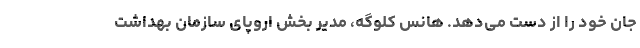
جان خود را از دست می‌دهد. هانس کلوگه، مدیر بخش اروپای سازمان بهداشت